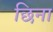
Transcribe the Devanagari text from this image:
छिना